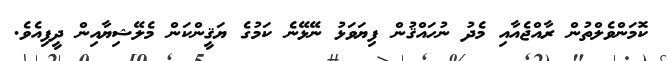
ކޮމަންވެލްތުން ރާއްޖެއާއި މެދު ނުހައްޤުން ފިޔަވަޅު ނޭޅޭނެ ކަމުގެ ޔަޤީންކަން މެލޭޝިޔާއިން ދީފިއެވެ.